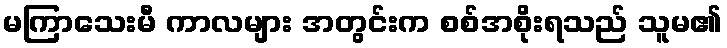
မကြာသေးမီ ကာလများ အတွင်းက စစ်အစိုးရသည် သူမ၏